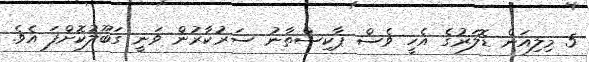
5 މިލިއަން ޑޮލަރުގެ އެހީ ވެސް ޕާކިސްތާނު ސަރުކާރުން ވަނީ ގަބޫލުކޮށްފަ އެވެ.